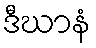
ဒီဃာနံ